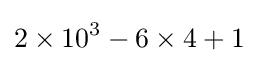
2\times 10^{3}-6\times 4+1